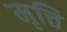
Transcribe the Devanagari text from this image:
मृत्ति